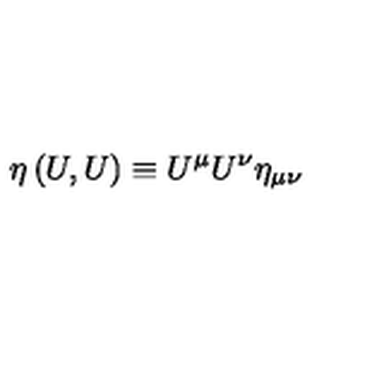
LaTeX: \eta \left( U , U \right) \equiv U ^ { \mu } U ^ { \nu } \eta _ { \mu \nu }